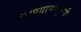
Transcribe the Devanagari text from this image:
पाण्यापासूनही